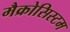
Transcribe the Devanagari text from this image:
मैक्रोसिस्टम